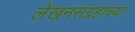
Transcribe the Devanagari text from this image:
लेखनसंग्रहाच्या